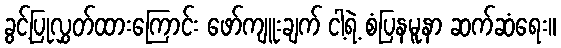
ခွင့်ပြုလွှတ်ထားကြောင်း ဖော်ကျူးချက် ငါ့ရဲ့ စံပြနမူနာ ဆက်ဆံရေး။